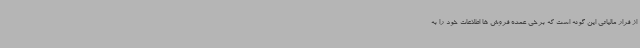
از فرار مالیاتی این گونه است که برخی عمده فروش ها اطلاعات خود را به